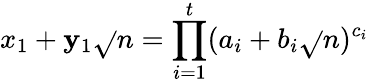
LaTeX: x_{1}+\mathbf{y}_{1}{\sqrt{}{{n}}}=\prod_{i=1}^{t}(a_{i}+b_{i}{\sqrt{}{{n}}})^{c_{i}}